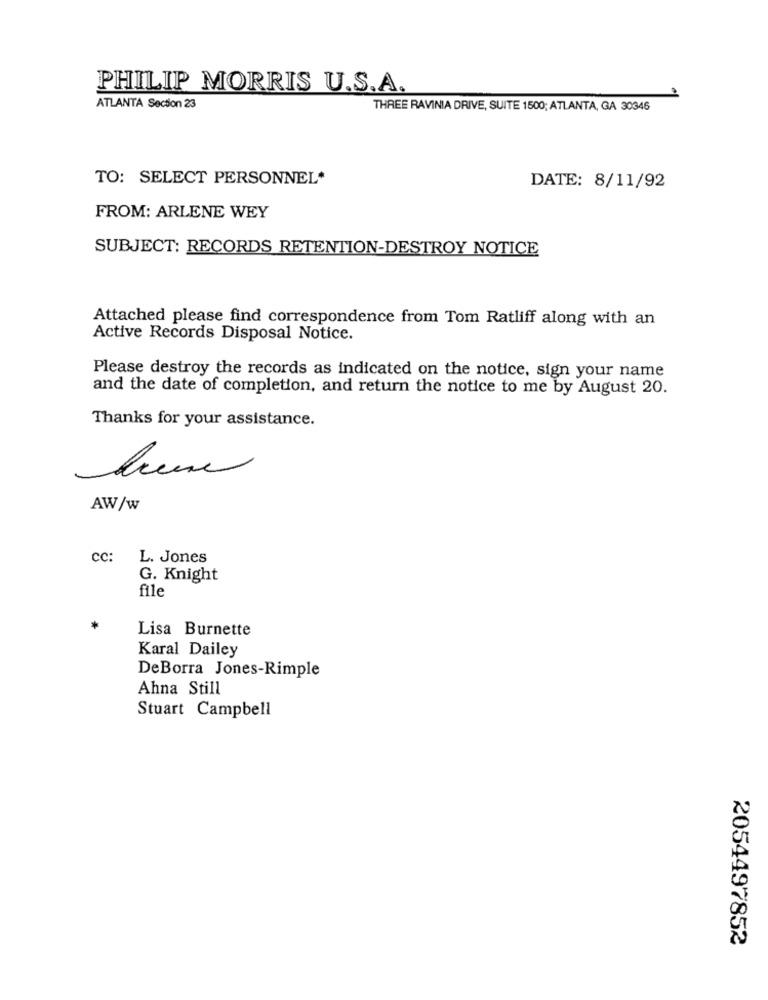
PHILIP MORRIS U.S.A.
ATLANTA Section 23
THREE RAVINIA DRIVE, SUITE 1500; ATLANTA, GA 30346
TO: SELECT PERSONNEL*
DATE: 8/11/92
FROM: ARLENE WEY
SUBJECT: RECORDS RETENTION-DESTROY NOTICE
Attached please find correspondence from Tom Ratliff along with an
Active Records Disposal Notice.
Please destroy the records as indicated on the notice, sign your name
and the date of completion, and return the notice to me by August 20.
Thanks for your assistance.
AW/w
cc:
L. Jones
G. Knight
file
Lisa Burnette
Karal Dailey
DeBorra Jones-Rimple
Ahna Still
Stuart Campbell
2054497852